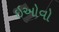
ઇઓવો